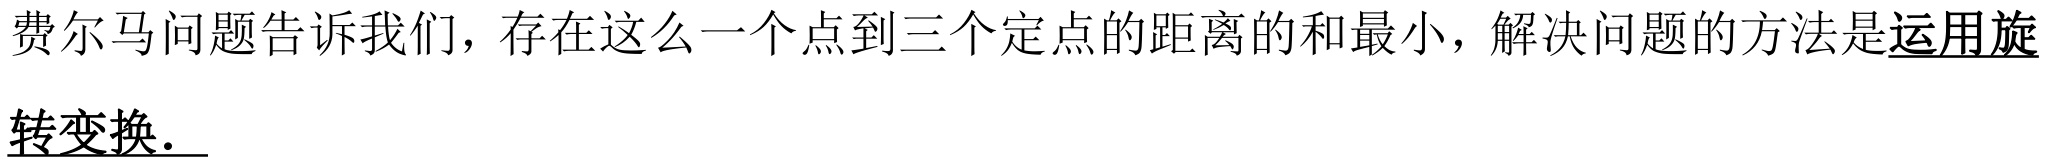
费尔马问题告诉我们，存在这么一个点到三个定点的距离的和最小，解决问题的方法是\underline{运用旋转变换.}